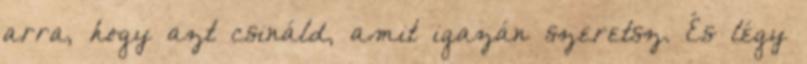
arra, hogy azt csináld, amit igazán szeretsz. És légy